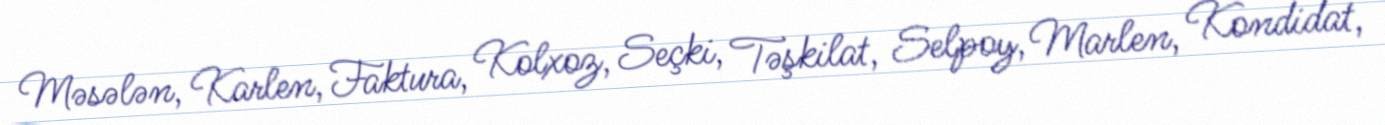
Məsələn, Karlen, Faktura, Kolxoz, Seçki, Təşkilat, Selpoy, Marlen, Kondidat,